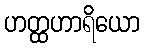
ဟတ္ထဟာရိယော